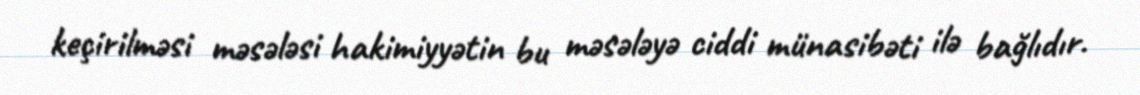
keçirilməsi məsələsi hakimiyyətin bu məsələyə ciddi münasibəti ilə bağlıdır.